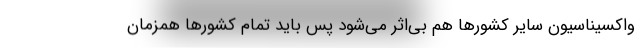
واکسیناسیون سایر کشورها هم بی‌اثر می‌شود پس باید تمام کشورها همزمان